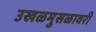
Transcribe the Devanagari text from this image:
उखळमुसळावरी